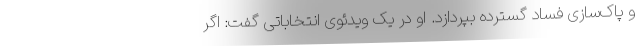
و پاک‌سازی فساد گسترده بپردازد. او در یک ویدئوی انتخاباتی گفت: اگر